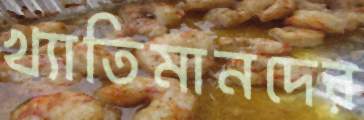
খ্যাতিমানদের